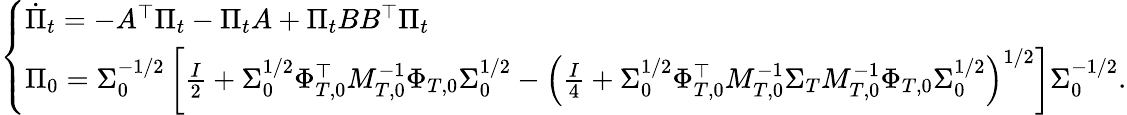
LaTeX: \begin{array}{r}{\left\{ \begin{array}{ll}{\dot{\Pi}_{t}=-A^{\top}\Pi_{t}-\Pi_{t}A+\Pi_{t}BB^{\top}\Pi_{t}}\\ {\Pi_{0}=\Sigma_{0}^{-1/2}\left[\frac{I}{2}+\Sigma_{0}^{1/2}\Phi_{T,0}^{\top}M_{T,0}^{-1}\Phi_{T,0}\Sigma_{0}^{1/2}-\left(\frac{I}{4}+\Sigma_{0}^{1/2}\Phi_{T,0}^{\top}M_{T,0}^{-1}\Sigma_{T}M_{T,0}^{-1}\Phi_{T,0}\Sigma_{0}^{1/2}\right)^{1/2}\right]\Sigma_{0}^{-1/2}.}\end{array}\right.}\end{array}